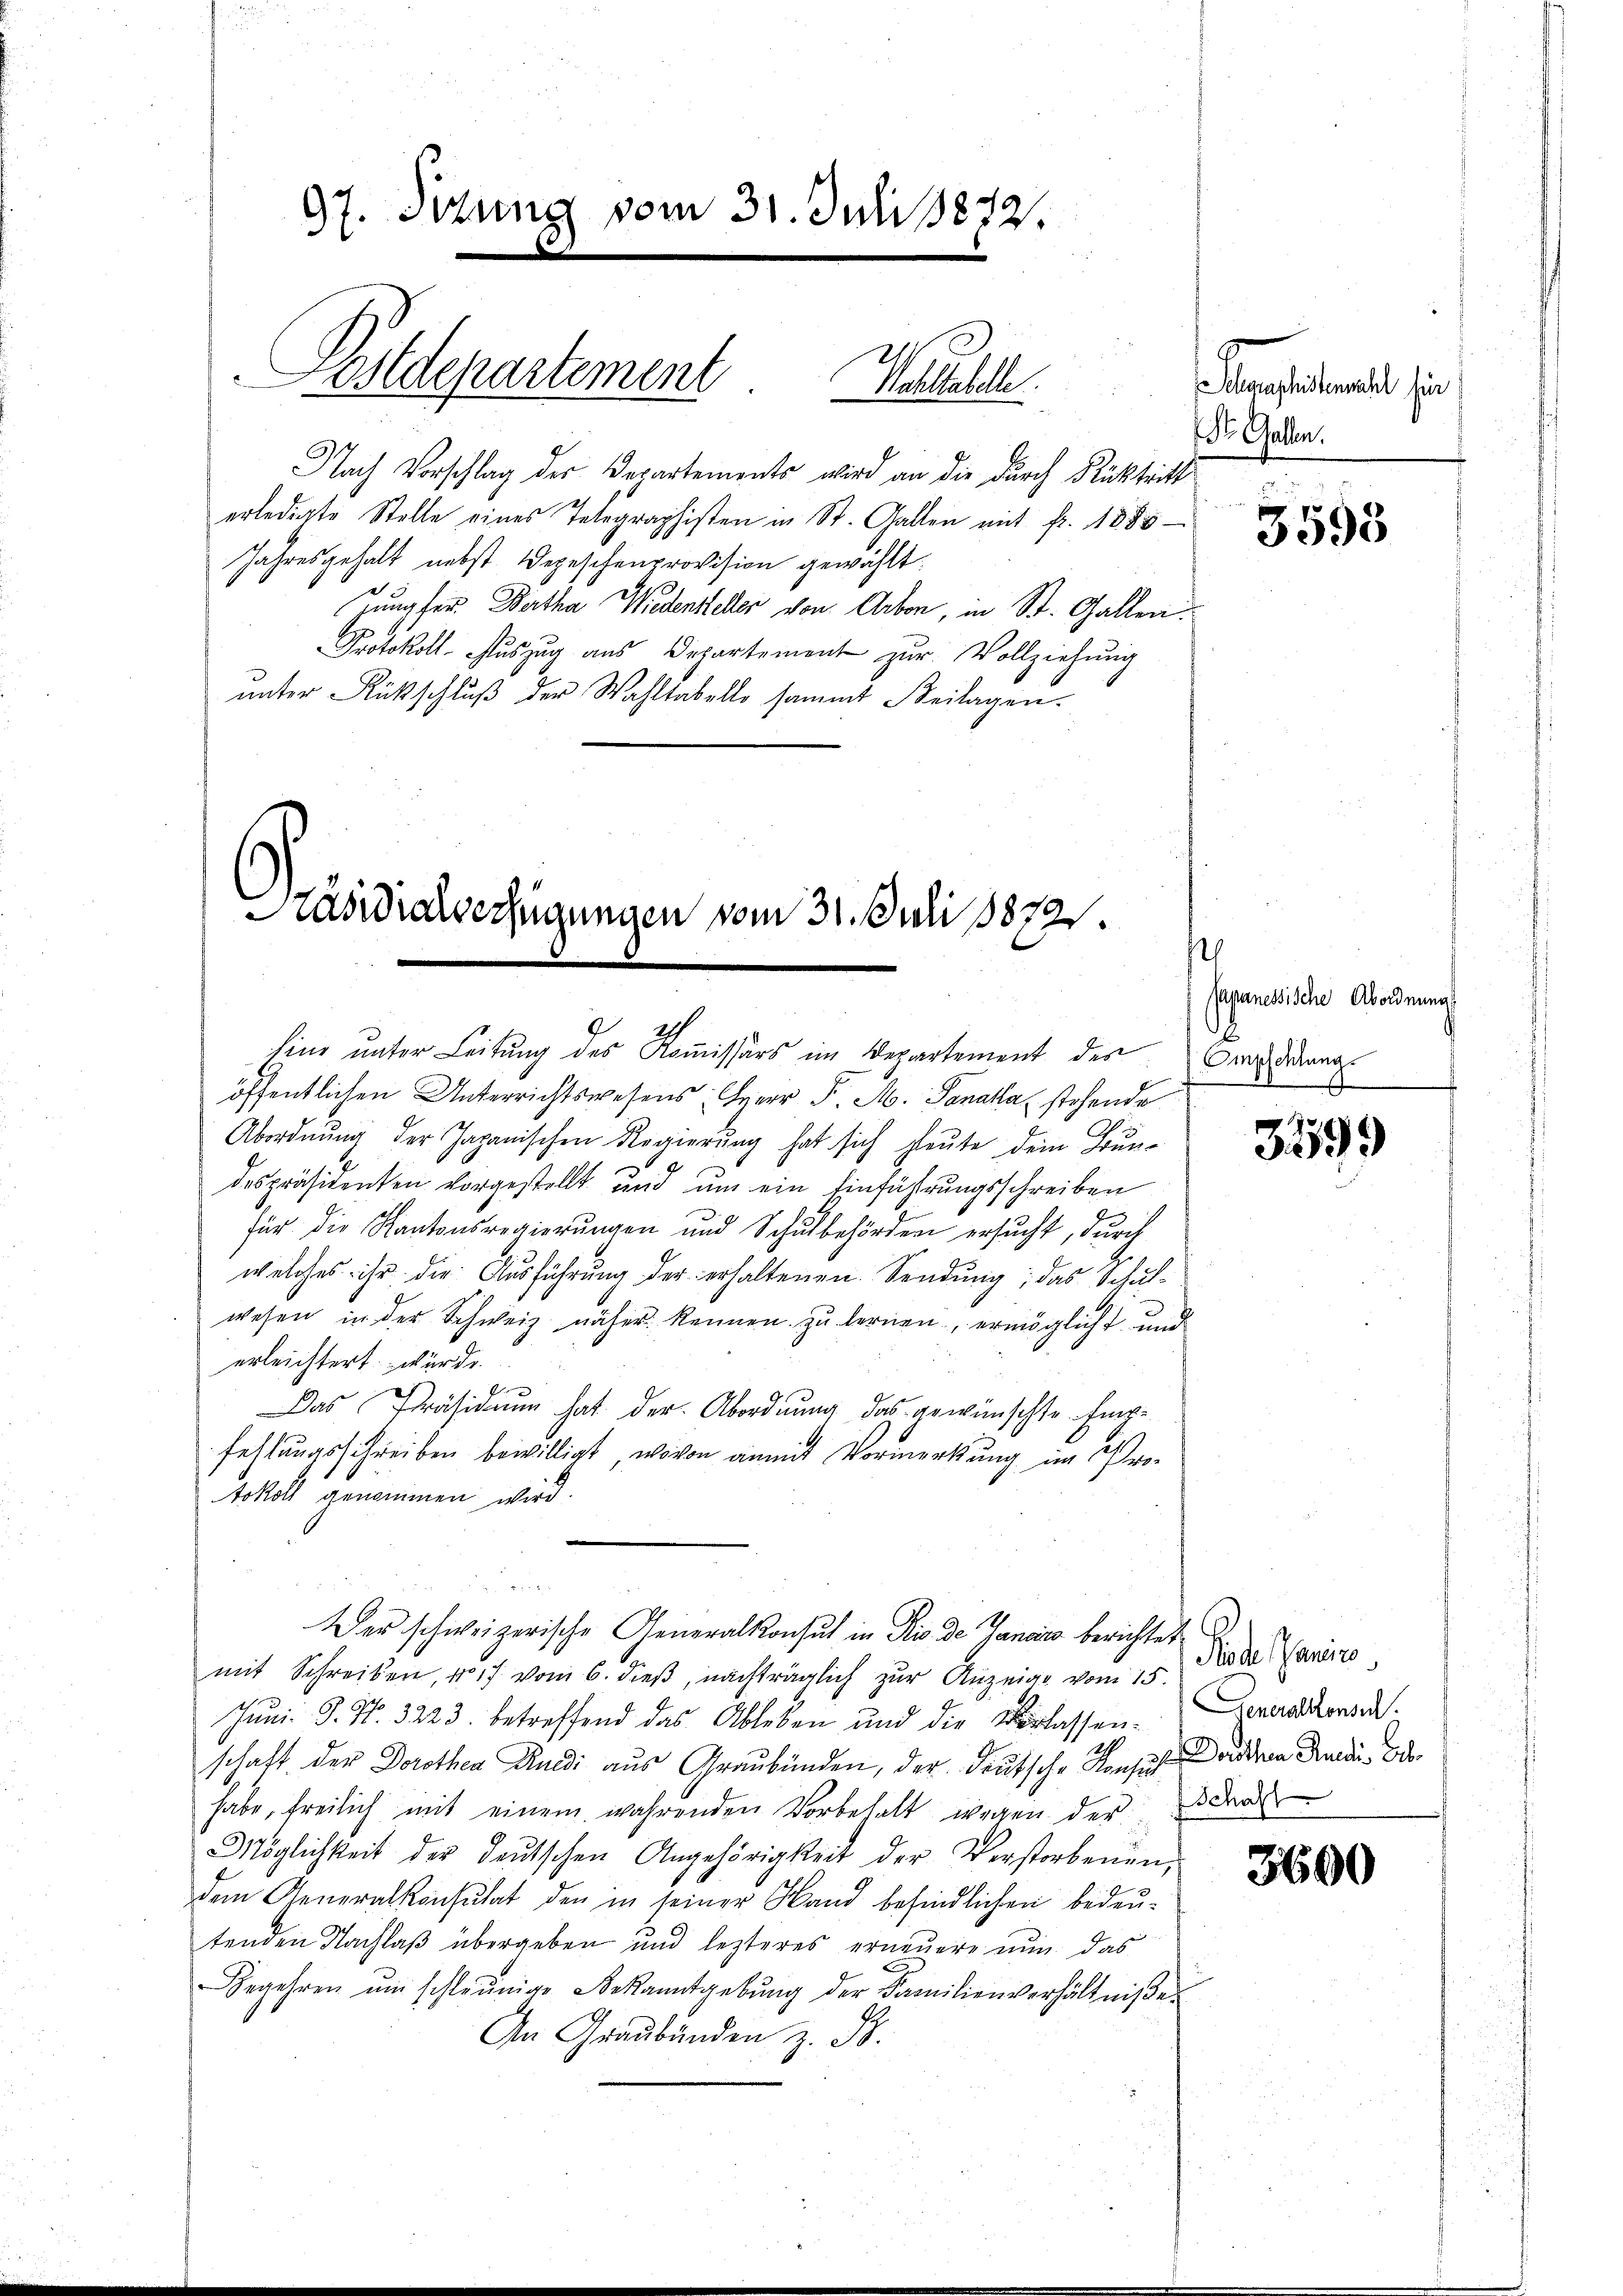
97. Sitzung vom 31. Juli 1872.
Pstdepartement Marche

Nach Vorschlag der Departements wird an die durch Rücktritt
erledigte Stelle eines Telegraphisten in St. Gallen mit fr. 1888
Jahresgehalt nebst Depeschenprovision gewählt.
Jungfer Wertha Wiedensteller von Arbon, in St. Gallen.
Protokoll-Aŭszŭg aŭs Departement zŭr Vollziehŭng
unter Rückschluß der Wahltabello sammt Beilagen.

Kaswialverfügungen vom 31. Juli 188721.

Eine unter Leitung des Kommissärs im Departement des
öffentlichen Unterrichtswesens: Herr P. M. Sanata stehende
Abordnung der Japanischen Regierung hat sich heute dein Bundespräsidenten vorgestellt und um ein Einführungsschreiben
für die Kantonsregierungen und Schulbehörden ersucht, durch
welches ihr die Ausführung der erhaltenen Sendung; das Schulwesen in der Schweiz näher kennen zu lernen, ermöglicht und
erleichtert würde.
Das Präsidium hat der Abordnung das gewünschte Empfehlungsschreiben bewilligt, wovon anmit Vormerkung im Protokoll genommen wird.

Der schweizerische Generalkonsul in Rio de Janeiro berichtet
mit Schreiben, No 17 vom 6. dieβ, nachträglich zŭr Anzeige vom 15.
Juni. S. Nr. 3223. betreffend das Ableben und die Verlassen-Generalkonsu
schaft der Dorothea Ruedi aus Graubünden, der deutsche Konsus andern Grunde. Oder
habe, freilich mit einem wahrenden Vorbehalt wegen der den
Möglichkeit der deŭtschen Angehörigkeit der Verstorbenen,
dem Generalkonsulat den in seiner Hand befindlichen bedeutenden Nachlaß übergeben und lezteres erneuere nun das
Begehren ŭm schleunige Bekanntgebŭng der Familienverhältniße
An Graubünden z. B.

arassertementel hier
Dr. Gallen.
.

3595

t
Japanessische Abordnung
Empfehlung.

3399

Roche Sani

3600